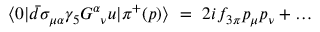
\langle 0 | \bar { d } \sigma _ { \mu \alpha } \gamma _ { 5 } G _ { \phantom { \alpha } \nu } ^ { \alpha } u | \pi ^ { + } ( p ) \rangle \ = \ 2 i f _ { 3 \pi } p _ { \mu } p _ { \nu } + \dots